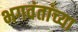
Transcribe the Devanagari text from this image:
भगवंतांच्या